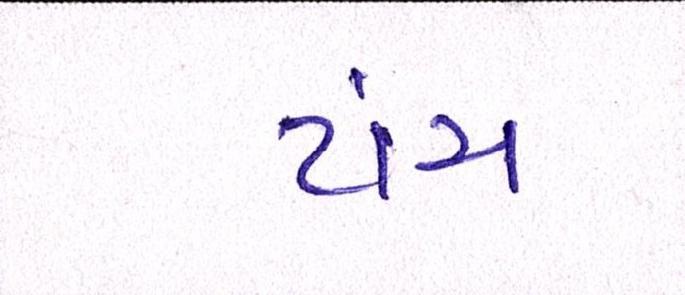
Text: ટાંચ